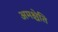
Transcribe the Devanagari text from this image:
अमश्चेति